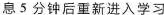
息5分钟后重新进入学习